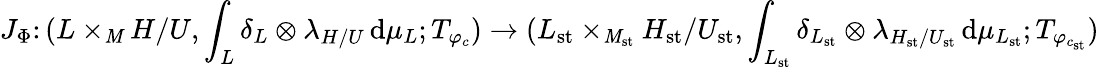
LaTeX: J_{\Phi}\colon(L\times_{\mathit{M}}H/U,\int_{L}\delta_{L}\otimes\lambda_{H/U}\, \mathrm{{d}}\mu_{L};T_{\varphi_{c}})\rightarrow(L_{\mathrm{{st}}}\times_{\mathit{M}_{\mathrm{{st}}}}H_{\mathrm{{st}}}/U_{\mathrm{{st}}},\int_{L_{\mathrm{{st}}}}\delta_{L_{\mathrm{{st}}}}\otimes\lambda_{H_{\mathrm{{st}}}/U_{\mathrm{{st}}}}\, \mathrm{{d}}\mu_{L_{\mathrm{{st}}}};T_{\varphi_{c_{\mathrm{{st}}}}})